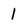
Character: l